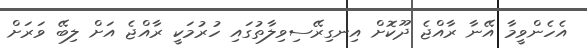
އެހެންވީމާ އޭނާ ރާއްޖެ ދޫކޮށް އިނގިރޭސިވިލާތުގައި ހުރުމަކީ ރާއްޖެ އަށް ލިބޭ ވަރަށް